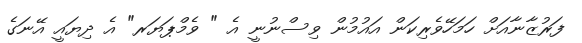
ފަރުޒާނާއަށް ހަމަހޭވެރިކަން އައުމުން ވިސްނުނީ އެ " ވެމްޕަޔަރ" އެ ދިޔައީ އޭނަގެ